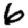
Digit: 6